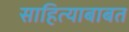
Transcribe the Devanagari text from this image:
साहित्याबाबत